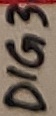
Text: DIG3